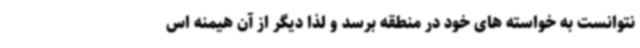
نتوانست به خواسته های خود در منطقه برسد و لذا دیگر از آن هیمنه اس